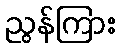
ညွန်ကြား